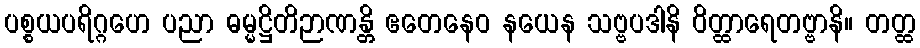
ပစ္စယပရိဂ္ဂဟေ ပညာ ဓမ္မဋ္ဌိတိဉာဏန္တိ ဧတေနေဝ နယေန သဗ္ဗပဒါနိ ဝိတ္ထာရေတဗ္ဗာနိ။ တတ္ထ